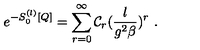
e ^ { - S _ { 0 } ^ { ( l ) } [ Q ] } = \sum _ { r = 0 } ^ { \infty } { \cal C } _ { r } ( \frac { l } { g ^ { 2 } \beta } ) ^ { r } \ .